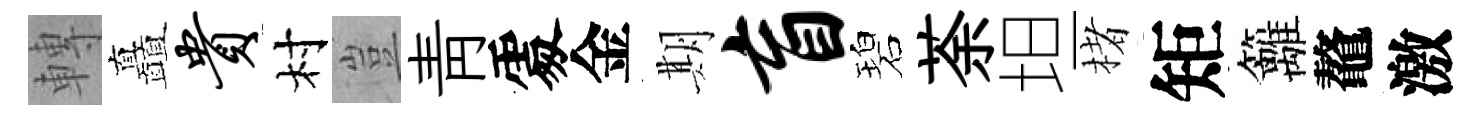
轉矗贵村豈靑𠁅金期盲碧荼坦楮矩籬鼇激